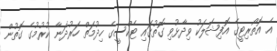
އެ އޮތޯރިޓީގެ އޮފިޝަލަކު ވިދާޅުވި ގޮތުގައި ޓެކްސީގެ ހިދުމަތް ހަރުދަނާ ކުރުމުގެ ގޮތުން